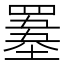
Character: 𦌋